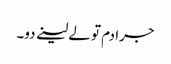
جرا دم تو لے لینے دو۔